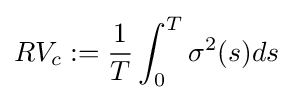
RV_{c}:={\frac {1}{T}}\int _{0}^{T}\sigma ^{2}(s)ds